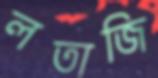
লতাজি